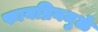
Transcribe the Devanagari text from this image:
फायब्रिनमुळे